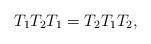
LaTeX: \begin{align*}T_1T_2T_1 = T_2T_1T_2,\end{align*}